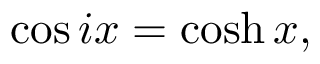
\cos i x = \cosh x ,